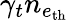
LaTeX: \gamma_{t}n_{e_{\mathrm{th}}}